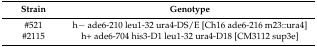
<table><thead><tr><td><b>Strain</b></td><td><b>Genotype</b></td></tr></thead><tbody><tr><td>#521</td><td>h− ade6-210 leu1-32 ura4-DS/E [Ch16 ade6-216 m23::ura4]</td></tr><tr><td>#2115</td><td>h+ ade6-704 his3-D1 leu1-32 ura4-D18 [CM3112 sup3e]</td></tr></tbody></table>